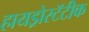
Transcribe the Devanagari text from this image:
हायड्रोस्टॅटीक